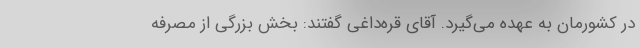
در کشورمان به عهده می‌گیرد. آقای قره‌داغی گفتند: بخش بزرگی از مصرفه